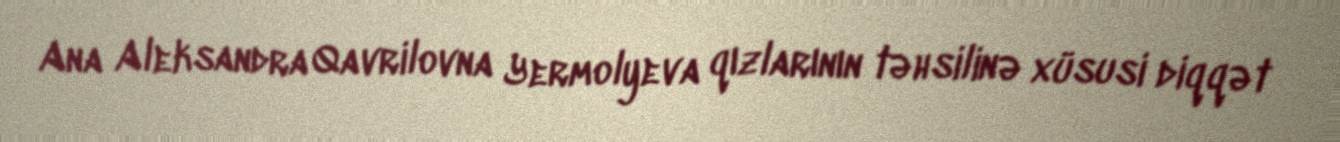
Ana Aleksandra Qavrilovna Yermolyeva qızlarının təhsilinə xüsusi diqqət